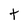
Character: t